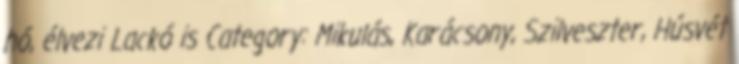
hó, élvezi Lackó is Category: Mikulás, Karácsony, Szilveszter, Húsvét